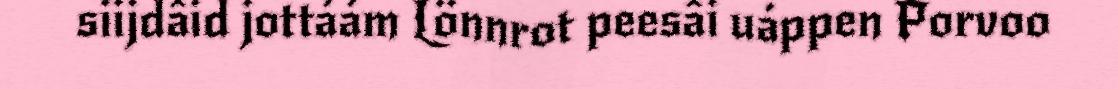
siijdâid jottáám Lönnrot peesâi uáppen Porvoo